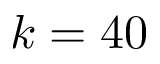
k = 4 0